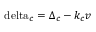
{ \mathrm { { \ d e l t a } } _ { c } } = { \Delta _ { c } } - { k _ { c } } v